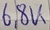
Text: 6,8K